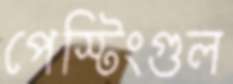
পেস্টিংগুল